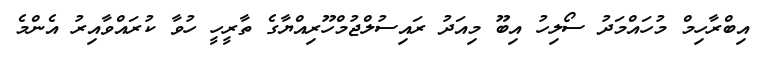
އިބްރާހިމް މުހައްމަދު ސޯލިހު އިބޫ މިއަދު ރައިސުލްޖުމްހޫރިއްޔާގެ ތާރީހީ ހުވާ ކުރައްވާއިރު އެންމެ